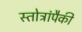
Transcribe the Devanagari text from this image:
स्तोत्रांपैकी